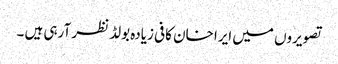
تصویروں میں ایرا خان کافی زیادہ بولڈ نظر آرہی ہیں ۔